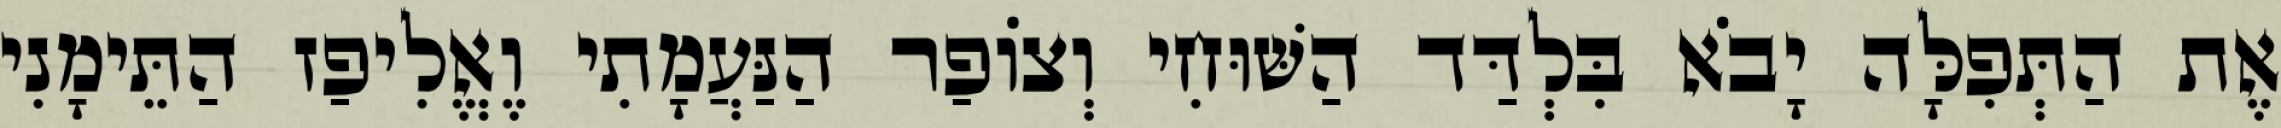
אֶת הַתְּפִלָּה יָבֹא בִּלְדַּד הַשּׁוּחִי וְצוֹפַר הַנַּעֲמָתִי וֶאֱלִיפַז הַתֵּימָנִי